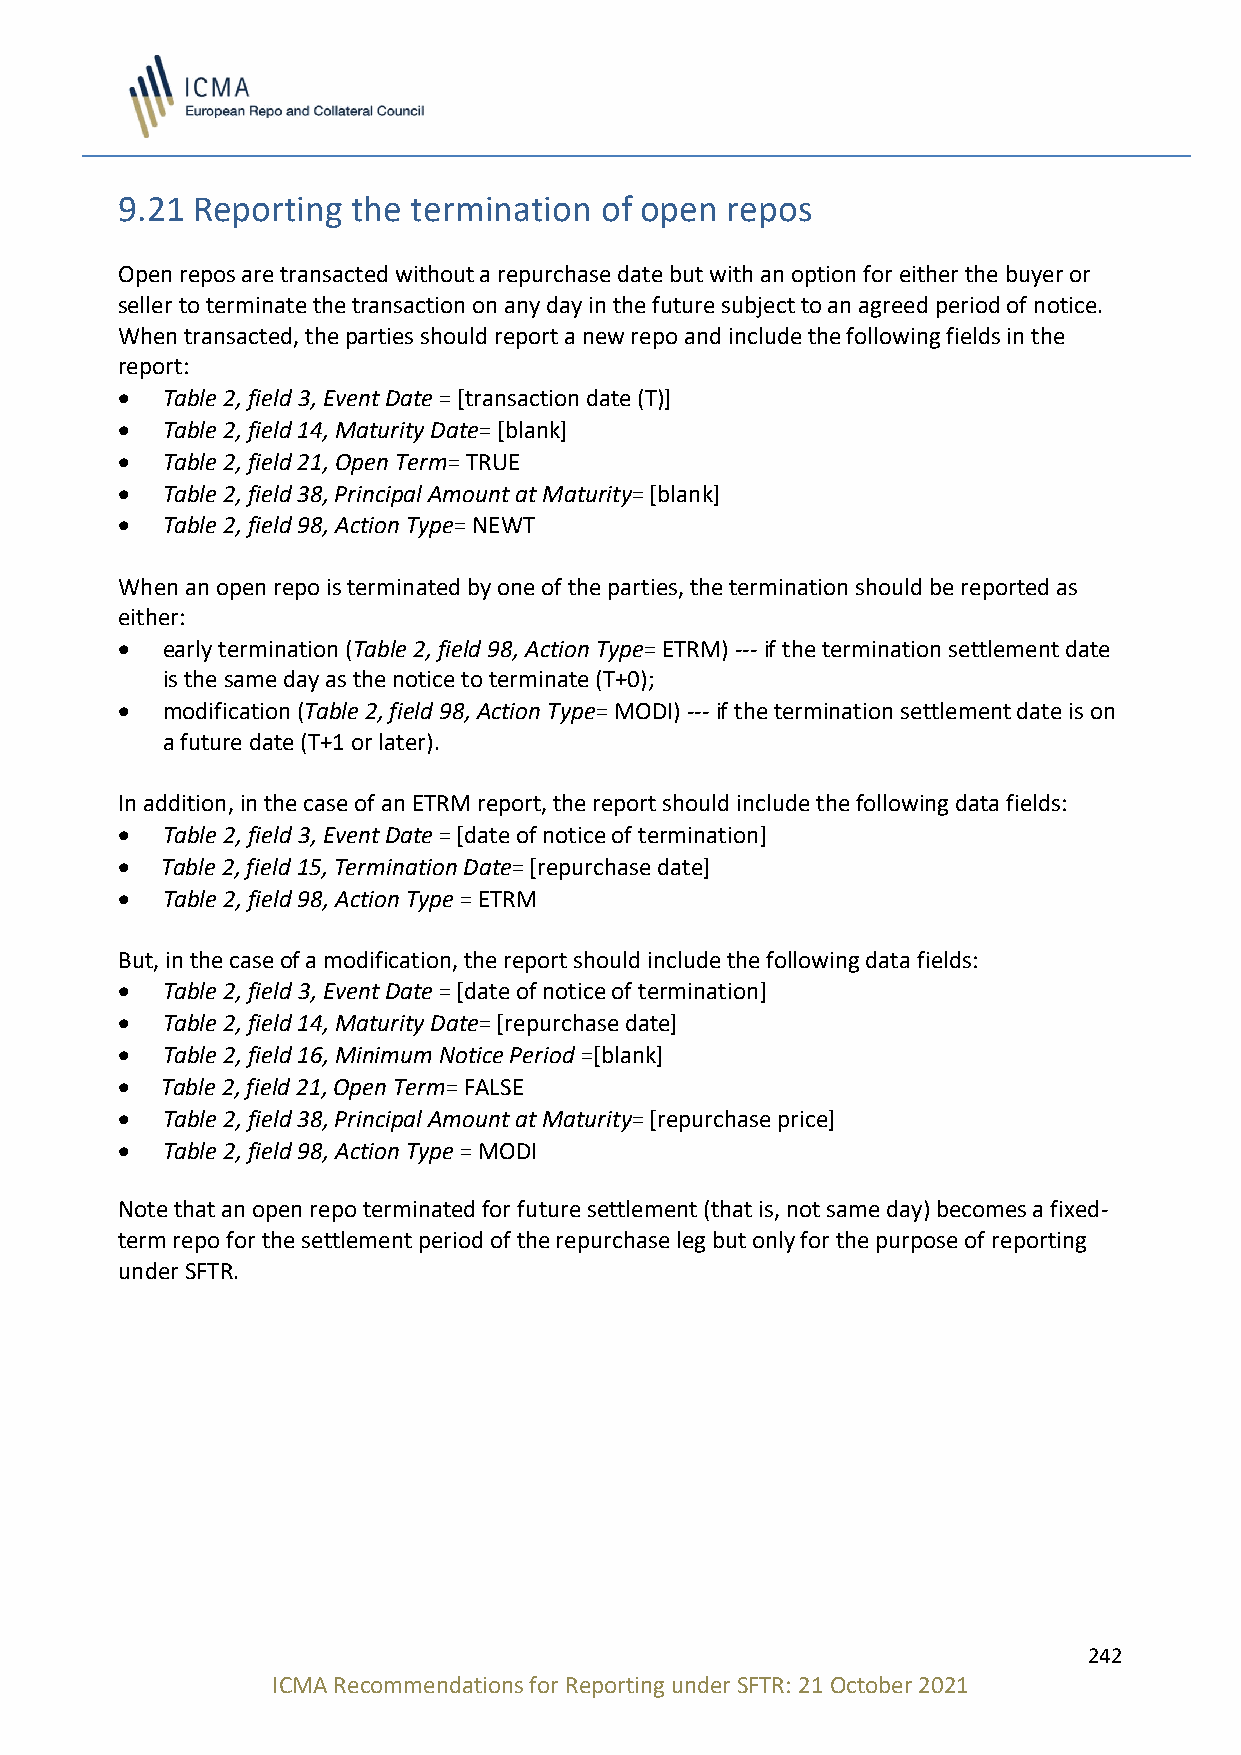
9.21 Reporting the termination  of open repos
 Open repos are transacted without a repurchase date but with an option for either the buyer or
 seller to terminate the transaction on any day in the future subject to an agreed period of notice.
 When transacted, the parties should report a new repo and include the following fields in the
 report:
 •  Table 2, field 3, Event Date = [transaction date (T)]
 •  Table 2, field 14, Maturity Date= [blank]
 •  Table 2, field 21, Open Term= TRUE
 •  Table 2, field 38, Principal Amount at Maturity= [blank]
 •  Table 2, field 98, Action Type= NEWT
 When an open repo is terminated by one of the parties, the termination should be reported as
 either:
 •  early termination (Table 2, field 98, Action Type= ETRM) --- if the termination settlement date
 is the same day as the notice to terminate (T+0);
 •  modification (Table 2, field 98, Action Type= MODI) --- if the termination settlement date is on
 a future date (T+1 or later).
 In addition, in the case of an ETRM report, the report should include the following data fields:
 •  Table 2, field 3, Event Date = [date of notice of termination]
 •  Table 2, field 15, Termination Date= [repurchase date]
 •  Table 2, field 98, Action Type = ETRM
 But, in the case of a modification, the report should include the following data fields:
 •  Table 2, field 3, Event Date = [date of notice of termination]
 •  Table 2, field 14, Maturity Date= [repurchase date]
 •  Table 2, field 16, Minimum Notice Period =[blank]
 •  Table 2, field 21, Open Term= FALSE
 •  Table 2, field 38, Principal Amount at Maturity= [repurchase price]
 •  Table 2, field 98, Action Type = MODI
 Note that an open repo terminated for future settlement (that is, not same day) becomes a fixed-
 term repo for the settlement period of the repurchase leg but only for the purpose of reporting
 under SFTR.
 242
 ICMA Recommendations for Reporting under SFTR: 21 October 2021